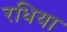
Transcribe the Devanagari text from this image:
रधिया